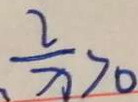
\frac { 2 } { x } > 0